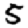
Digit: 5